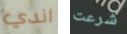
اندي شرعت